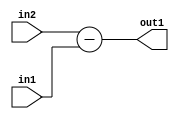
`timescale 1ps / 1ps
/*****************************************************************************
    Verilog RTL Description
    
    
    Created by: Stratus DpOpt 2019.1.01 
*******************************************************************************/

module st_weight_addr_gen_Sub_16Ux16U_17S_4_13 (
	in2,
	in1,
	out1
	); /* architecture "behavioural" */ 
input [15:0] in2,
	in1;
output [16:0] out1;
wire [16:0] asc001;

assign asc001 = 
	+(in2)
	-(in1);

assign out1 = asc001;
endmodule

/* CADENCE  ubDyQw8= : u9/ySgnWtBlWxVPRXgAZ4Og= ** DO NOT EDIT THIS LINE ******/